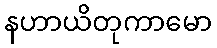
နဟာယိတုကာမော